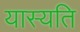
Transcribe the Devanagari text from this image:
यास्यति